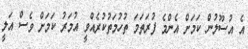
އެ އުސޫލުން ކަމަށް އެންމެ ފުރަތަމަ ތުހުމަތުކުރެއްވީ އުމަރު ކަމަށް ވެސް އަލީ